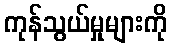
ကုန်သွယ်မှုများကို